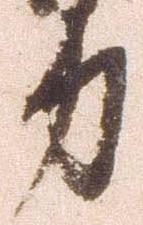
力